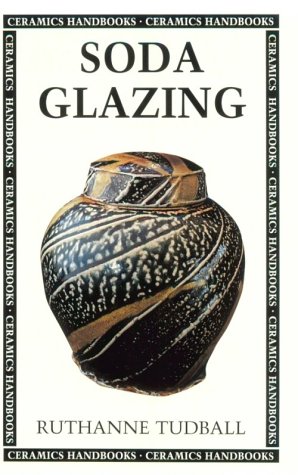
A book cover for Soda Glazing (Ceramics Handbooks); Ruthanne Tudball; Arts & Photography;